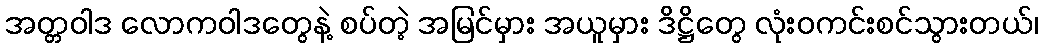
အတ္တဝါဒ လောကဝါဒတွေနဲ့ စပ်တဲ့ အမြင်မှား အယူမှား ဒိဋ္ဌိတွေ လုံးဝကင်းစင်သွားတယ်၊